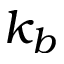
k _ { b }